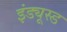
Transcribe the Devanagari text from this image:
इंड्यूस्ड